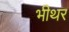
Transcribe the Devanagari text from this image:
भीथर